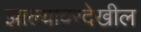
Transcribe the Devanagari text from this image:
झाल्यावरदेखील